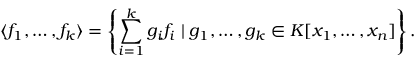
\langle f _ { 1 } , \ldots , f _ { k } \rangle = \left\{ \sum _ { i = 1 } ^ { k } g _ { i } f _ { i } \; | \; g _ { 1 } , \ldots , g _ { k } \in K [ x _ { 1 } , \ldots , x _ { n } ] \right\} .